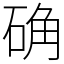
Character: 确